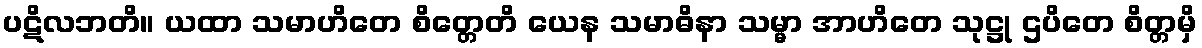
ပဋိလဘတိ။ ယထာ သမာဟိတေ စိတ္တေတိ ယေန သမာဓိနာ သမ္မာ အာဟိတေ သုဋ္ဌု ဌပိတေ စိတ္တမှိ